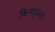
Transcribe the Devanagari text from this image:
किनऱ्यावर